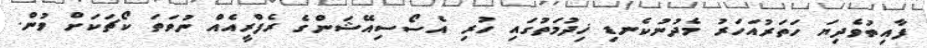
ފާއިތުވެދިޔަ ހަތަރުއަހަރު މެދުނުކެނޑި ޚިދުމަތުގައި ހުރި އެސޯސިއޭޝަންގެ ރެފްރީއެއް ނުވަތަ ކޯޗަކަށް ވުން.